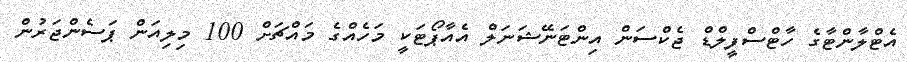
އެޓްލާންޓާގެ ހާޓްސްފީލްޑް ޖެކްސަން އިންޓަނޭޝަނަލް އެއާޕޯޓަކީ މަހެއްގެ މައްޗަށް 100 މިލިއަން ޕަސެންޖަރުން